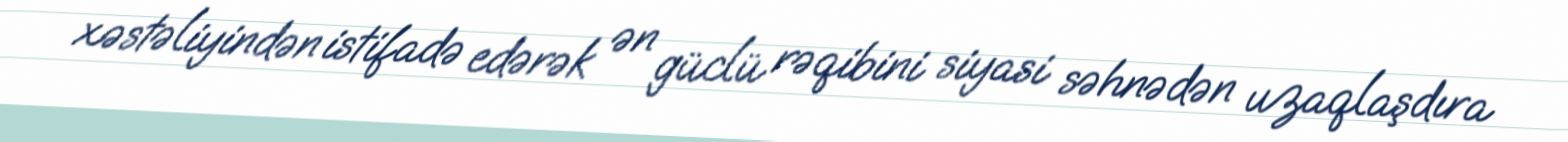
xəstəliyindən istifadə edərək ən güclü rəqibini siyasi səhnədən uzaqlaşdıra